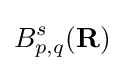
B_{p,q}^{s}(\mathbf {R} )